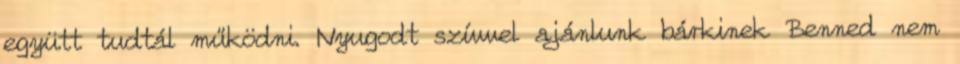
együtt tudtál működni. Nyugodt szívvel ajánlunk bárkinek Benned nem